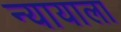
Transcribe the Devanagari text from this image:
न्यायाला